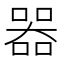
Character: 𠾖